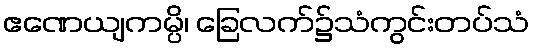
ဧဏေယျကမ္ပိ၊ ခြေလက်၌သံကွင်းတပ်သံ